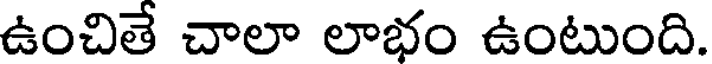
ఉంచితే చాలా లాభం ఉంటుంది.